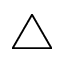
\bigtriangleup